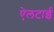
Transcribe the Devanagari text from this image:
ऐलटाई